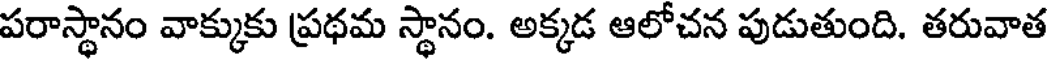
పరాస్థానం వాక్కుకు ప్రథమ స్థానం. అక్కడ ఆలోచన పుడుతుంది. తరువాత